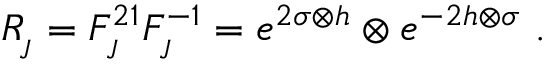
R _ { _ { \! J } } = F _ { _ { \! J } } ^ { 2 1 } F _ { _ { \! J } } ^ { - 1 } = e ^ { 2 \sigma \otimes h } \otimes e ^ { - 2 h \otimes \sigma } ~ .